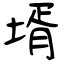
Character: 壻